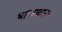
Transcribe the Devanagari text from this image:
भाष्यकार५